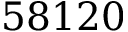
5 8 1 2 0